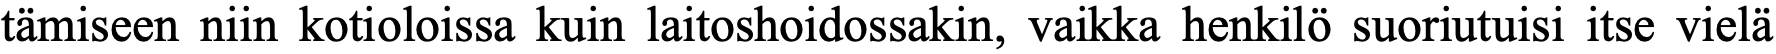
tämiseen niin kotioloissa kuin laitoshoidossakin, vaikka henkilö suoriutuisi itse vielä